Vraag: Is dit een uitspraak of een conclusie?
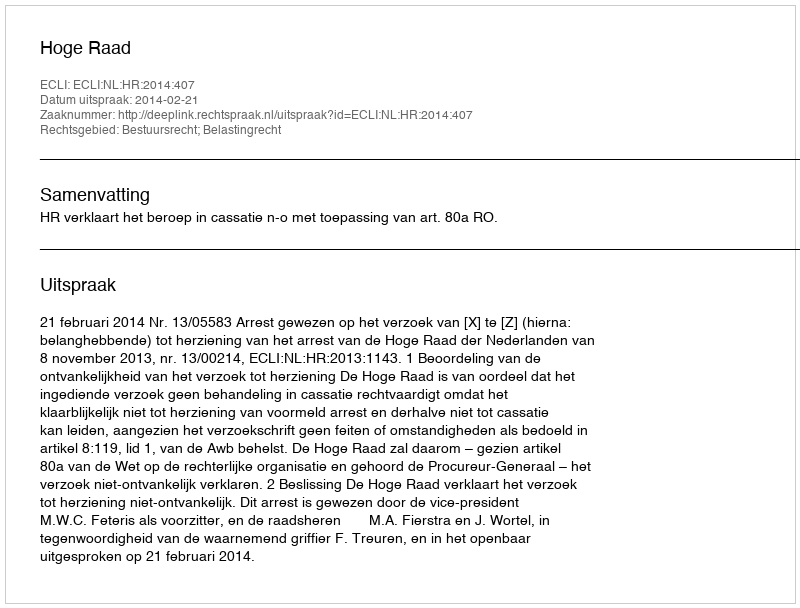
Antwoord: Uitspraak